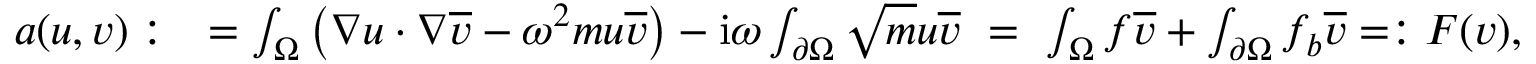
\begin{array} { r l } { a ( u , v ) : } & { = \int _ { \Omega } \left( \nabla u \cdot \nabla \overline { { v } } - \omega ^ { 2 } m u \overline { { v } } \right) - \mathrm { i } \omega \int _ { \partial \Omega } \sqrt { m } u \overline { { v } } \ = \ \int _ { \Omega } f \overline { { v } } + \int _ { \partial \Omega } f _ { b } \overline { { v } } = : F ( v ) , } \end{array}